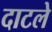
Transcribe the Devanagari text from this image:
दाटले